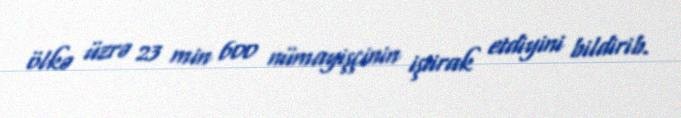
ölkə üzrə 23 min 600 nümayişçinin iştirak etdiyini bildirib.